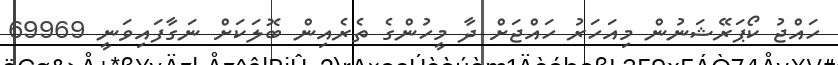
ހައްޖު ކޯޕަރޭޝަނުން މިއަހަރު ހައްޖަށް ދާ މީހުންގެ ތެރެއިން ބޮލަކަށް ނަގާފައިވަނީ 69969